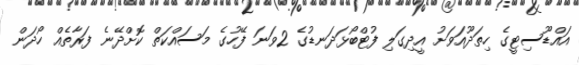
އައްޑޫސިޓީގެ ހިތަދޫއަވަށު އީދިގަލި ފުޓްބޯޅަދަނޑުގެ 2ވަނަ ފޭހުގެ މަސައްކަތް ކޮށްދޭނެ ފަރާތެއް ހޯދަން